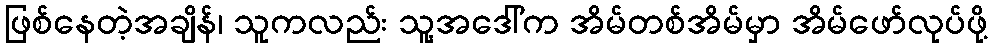
ဖြစ်နေတဲ့အချိန်၊ သူကလည်း သူ့အဒေါ်က အိမ်တစ်အိမ်မှာ အိမ်ဖော်လုပ်ဖို့